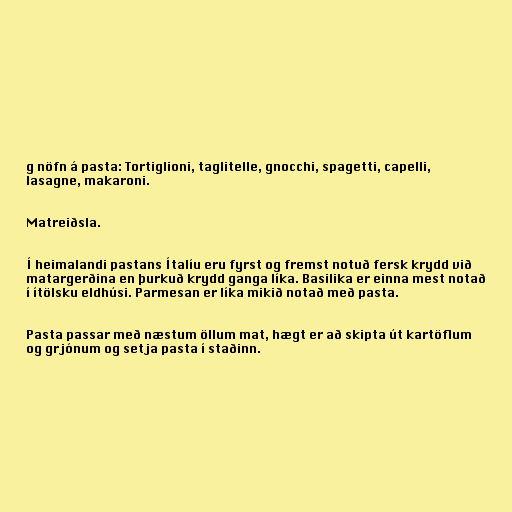
g nöfn á pasta: Tortiglioni, taglitelle, gnocchi, spagetti, capelli,
lasagne, makaroni.

Matreiðsla.

Í heimalandi pastans Ítalíu eru fyrst og fremst notuð fersk krydd við
matargerðina en þurkuð krydd ganga líka. Basilika er einna mest notað
í ítölsku eldhúsi. Parmesan er líka mikið notað með pasta.

Pasta passar með næstum öllum mat, hægt er að skipta út kartöflum
og grjónum og setja pasta í staðinn.